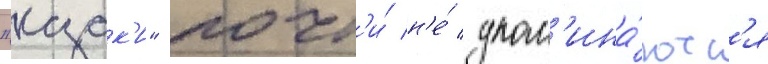
"казак'и" почт'и́ н'е́ упом'ина́ютс'я